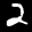
Label: 2